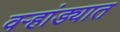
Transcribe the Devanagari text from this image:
वऱ्हांड्यात